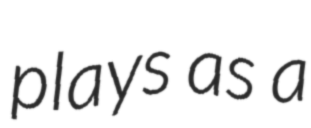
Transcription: plays as a